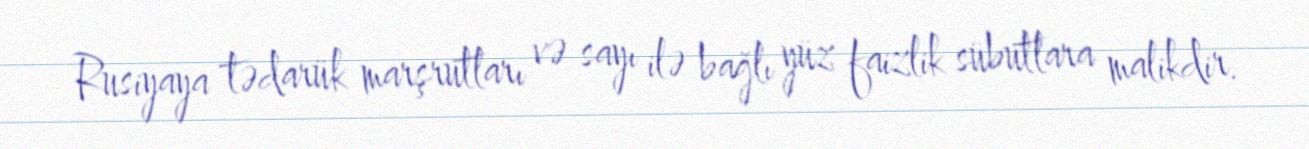
Rusiyaya tədarük marşrutları və sayı ilə bağlı yüz faizlik sübutlara malikdir.